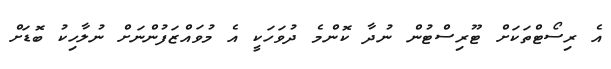
އެ ރިސޯޓްތަކަށް ޓޫރިސްޓުން ނުދާ ކޮންމެ ދުވަހަކީ އެ މުވައްޒަފުންނަށް ނުލާހިކު ބޮޑަށް